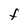
Character: F